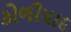
કોળીયાદ